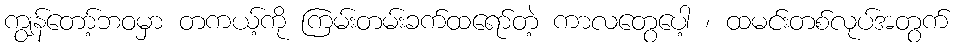
ကျွန်တော့်ဘဝမှာ တကယ့်ကို ကြမ်းတမ်းခက်ထရော်တဲ့ ကာလတွေပေါ့ ၊ ထမင်းတစ်လုပ်အတွက်